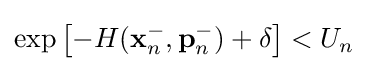
\exp \left[-H(\mathbf {x} _{n}^{-},\mathbf {p} _{n}^{-})+\delta \right]<U_{n}